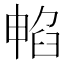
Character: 𭧁